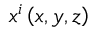
x ^ { i } \left( x , y , z \right)